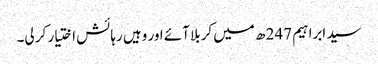
سید ابراہیم 247 ھ میں کربلا آئے اور وہیں رہائش اختیار کر لی۔